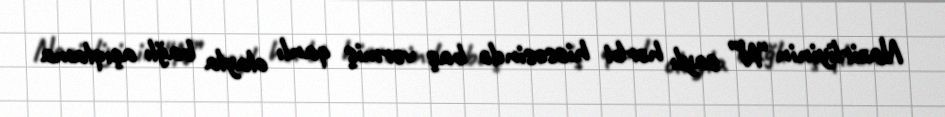
Nazirliyinin “N” saylı hərbi hissəsində baş vermiş qanlı olayla bağlı açıqlama